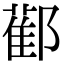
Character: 𨞂